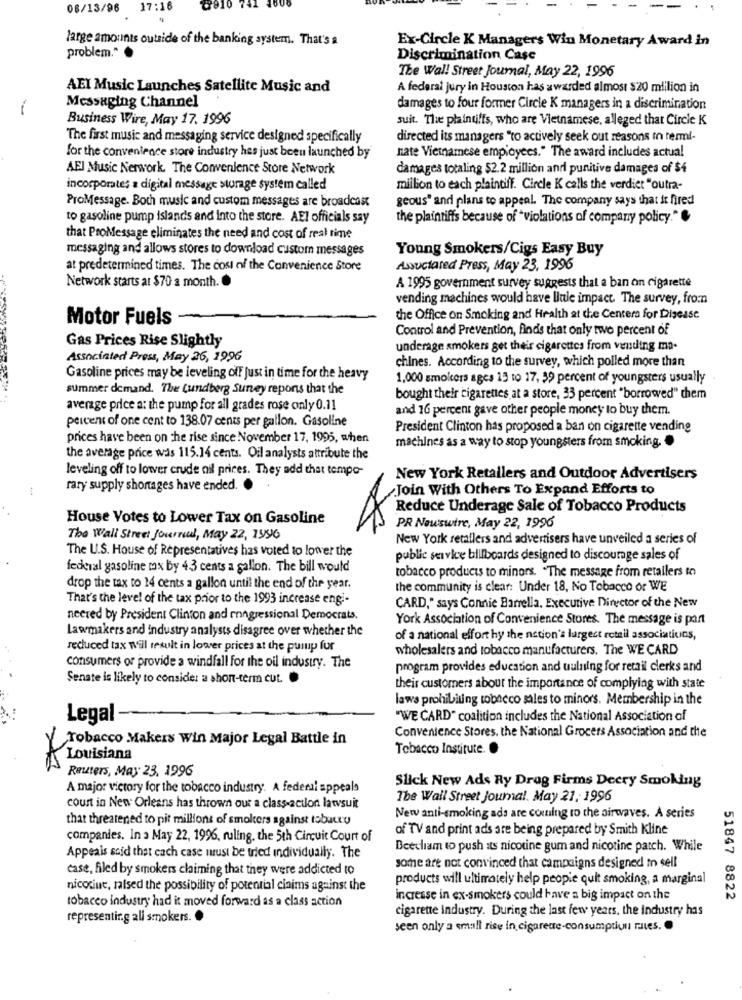
08/13/96
17:16
2910 741
large amounts outside of the banking system. That's a
Ex-Circle K Managers Win Monetary Award in
problem."
Discrimination Case
The Wall Street Journal, May 22, 1996
AEI Music Launches Satellite Music and
A federal jury in Houston has awarded almost $20 mlilion in
Messaging Channel
damages to four former Circle K managers in a discrimination
Business Wire, May 17. 1996
suit. The plaintiffs, who are Vietnamese, alleged that Circle K
The first music and messaging service designed specifically
directed its managers "to actively seek out reasons in rerml-
nate Vietnamese employees." The award includes actual
for the convenience store industry has just been launched by
AEJ Music Nerwork. The Convenience Store Network
damages totaling $2.2 million anrl punitive damages of $4
incorporates a digital message storage system called
million to each plaintiff. Circle K calls the verdict "outra-
ProMessage. Both music and custom messages are broadcast
geous" and plans to appeal. The company says that it fired
to gasoline pump islands and into the store. AEI officials say
the plaintiffs because of "violations of company policy."
that ProMessage eliminates the need and cost of real time
messaging and allows stores to download custom messages
Young Smokers/Cigs Easy Buy
at predetermined times. The cost of the Convenience Store
Associated Press, May 23, 1996
Network starts at $70 a month ..
A 1995 government survey suggests that a ban on cigarette
vending machines would have little impact. The survey, from
Motor Fuels
the Office on Smoking and Health at the Centers for Disease
Control and Prevention, finds that only two percent of
Gas Prices Rise Slightly
underage smokers get their cigarettes from vending ma-
Associated Press, May 26, 1996
chines. According to the survey, which polled more than
Gasoline prices may be leveling off just in time for the heavy
1,000 smolders ages 15 to 17, 39 percent of youngsters usually
summer demand. The Lundberg Survey reports that the
bought their cigarettes at a store, 33 percent "borrowed" them
average price a: the pump for all grades rose only 0.11
and 16 percent gave other people money to buy them.
percent of one cent to 138.07 cents per gallon. Gasoline
President Clinton has proposed a ban on cigarette vending
prices have been on the rise since November 17, 1995, when
machines as a way to stop youngsters from smoking. .
the average price was 115.14 cents. Oil analysts attribute the
leveling off to lower crude oil prices. They add that tempo-
New York Retailers and Outdoor Advertisers
rary supply shortages have ended.
Join With Others To Expand Efforts to
Reduce Underage Sale of Tobacco Products
House Votes to Lower Tax on Gasoline
PR Newswire, May 22, 1996
The Wall Street Journal, May 22, 1996
New York retallers and advertisers have unveiled a series of
The U.S. House of Representatives has voted to lower the
public service billboards designed to discourage sales of
federal gasoline mx by 43 cents a gallon. The bill would
tobacco products to minors. . The message from retailers to
drop the tax to 14 cents a gallon until the end of the year.
the community is clear: Under 18, No Tobacco or WE
That's the level of the tax prior to the 1993 increase engi-
CARD," says Connie Barrella, Executive Director of the New
neered by President Clinton and congressional Democrats.
York Association of Convenience Stores. The message is part
Lawmakers and industry analysts disagree over whether the
of a national effort hy the nation's largest retail associations,
reduced tax will result in lower prices at the purup for
wholesalers and tobacco manufacturers. The WE CARD
consumers or provide a windfall for the oil industry. The
program provides education and uulning for retail clerks and
Senate is likely to consider a short-term cut. .
their customers about the importance of complying with state
laws prohibiting tobacco sales to minors. Membership in the
Legal -
"WE CARD" coalition includes the National Association of
Convenience Stores, the National Grocers Association and the
Tobacco Makers Win Major Legal Battle in
Tobacco Institute.
Louisiana
Reuters, May 23, 1996
Slick New Ads Ry Drog Firms Decry Smoking
A major victory for the tobacco industry. A federal appeals
The Wall Street Journal. May 21, 1996
court in New Orleans has thrown out a class-action lawsuit
that threatened to pit millions of smokers against tobauru
Newv anti-smoking ads are coming to the airwaves. A series
of TV and print ads are being prepared by Smith Kline
companies. In a May 22, 1996, ruling, the 5th Circuit Court of
Beecham to push ats nicotine gum and nicotine patch. While
Appeals said that each case must be tried individually. The
case, filed by smokers claiming that they were addicted to
some are not convinced that campaigns designed to sell
products will ultimately help people quit smoking, a marginal
nicotine, salsed the possibility of potential claims against the
tobacco industry had it moved forward as a class action
increase in ex-smokers could have a big impact on the
51847 8822
cigarette industry. During the last few years. the industry has
representir.g ali smokers.
seen only a small rise in cigaretre-consumption rules. .